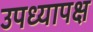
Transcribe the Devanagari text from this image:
उपध्यापक्ष